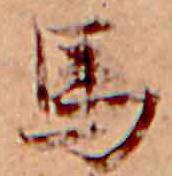
馬